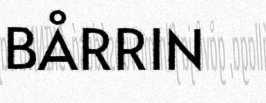
BÅRRIN